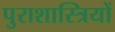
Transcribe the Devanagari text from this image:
पुराशास्त्रियों